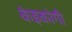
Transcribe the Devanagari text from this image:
केइकोगी